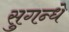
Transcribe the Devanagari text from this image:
सुगन्धे